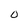
Character: 0